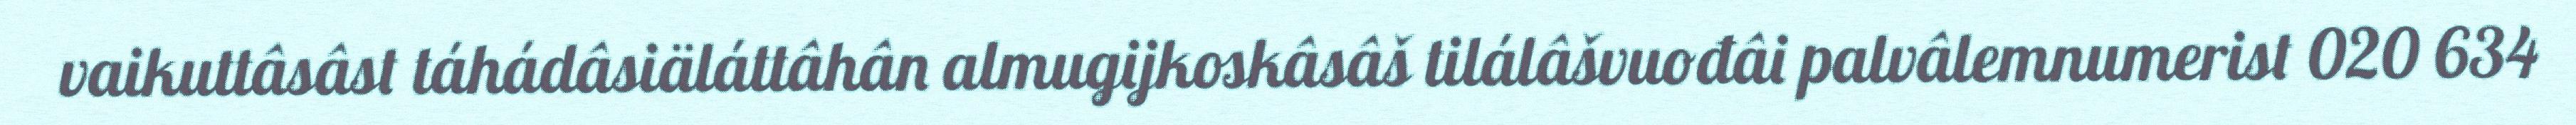
vaikuttâsâst táhádâsiäláttâhân almugijkoskâsâš tilálâšvuođâi palvâlemnumerist 020 634